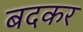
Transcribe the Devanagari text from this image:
बदकर